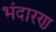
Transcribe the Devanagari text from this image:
भंदारण